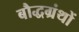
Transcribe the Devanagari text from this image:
बौद्धग्रंथों